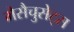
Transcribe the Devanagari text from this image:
मैसैचुसेट्स